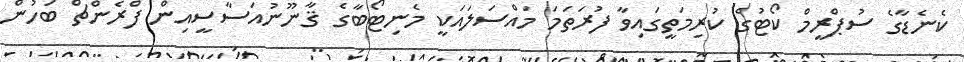
ކެނެޑާގެ ސުޕްރީމް ކޯޓުގެ ކުރިމަތީގައިވާ ފުރަތަމަ މައްސަލައަކީ މެނިޓޯބާގެ ޤާނޫނުއަސާސީއިން ފްރެންޗް ބަހުން